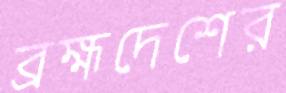
ব্রহ্মদেশের